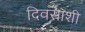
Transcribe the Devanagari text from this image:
दिवसाशी